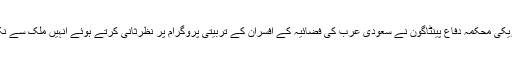
اس واقعے کے بعد امریکی محکمہ دفاع پینٹاگون نے سعودی عرب کی فضائیہ کے افسران کے تربیتی پروگرام پر نظرثانی کرتے ہوئے انہیں ملک سے نکال دینے کا فیصلہ کیا۔